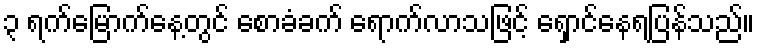
၃ ရက်မြောက်နေ့တွင် စောခံခက် ရောက်လာသဖြင့် ရှောင်နေရပြန်သည်။